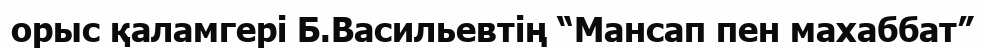
орыс қаламгері Б.Васильевтің “Мансап пен махаббат”